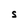
Character: S